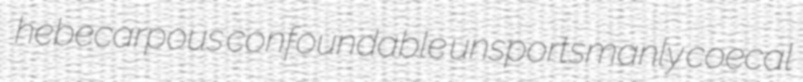
hebecarpous confoundable unsportsmanly coecal